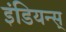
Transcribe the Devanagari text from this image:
इंडियन्स्